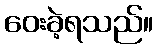
ဝေးခဲ့ရသည်။